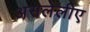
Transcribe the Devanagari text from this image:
असलेलीए